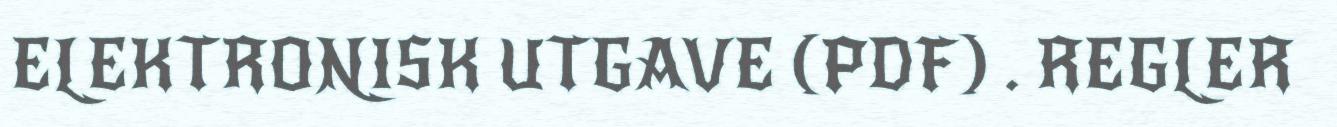
ELEKTRONISK UTGAVE (PDF) . REGLER